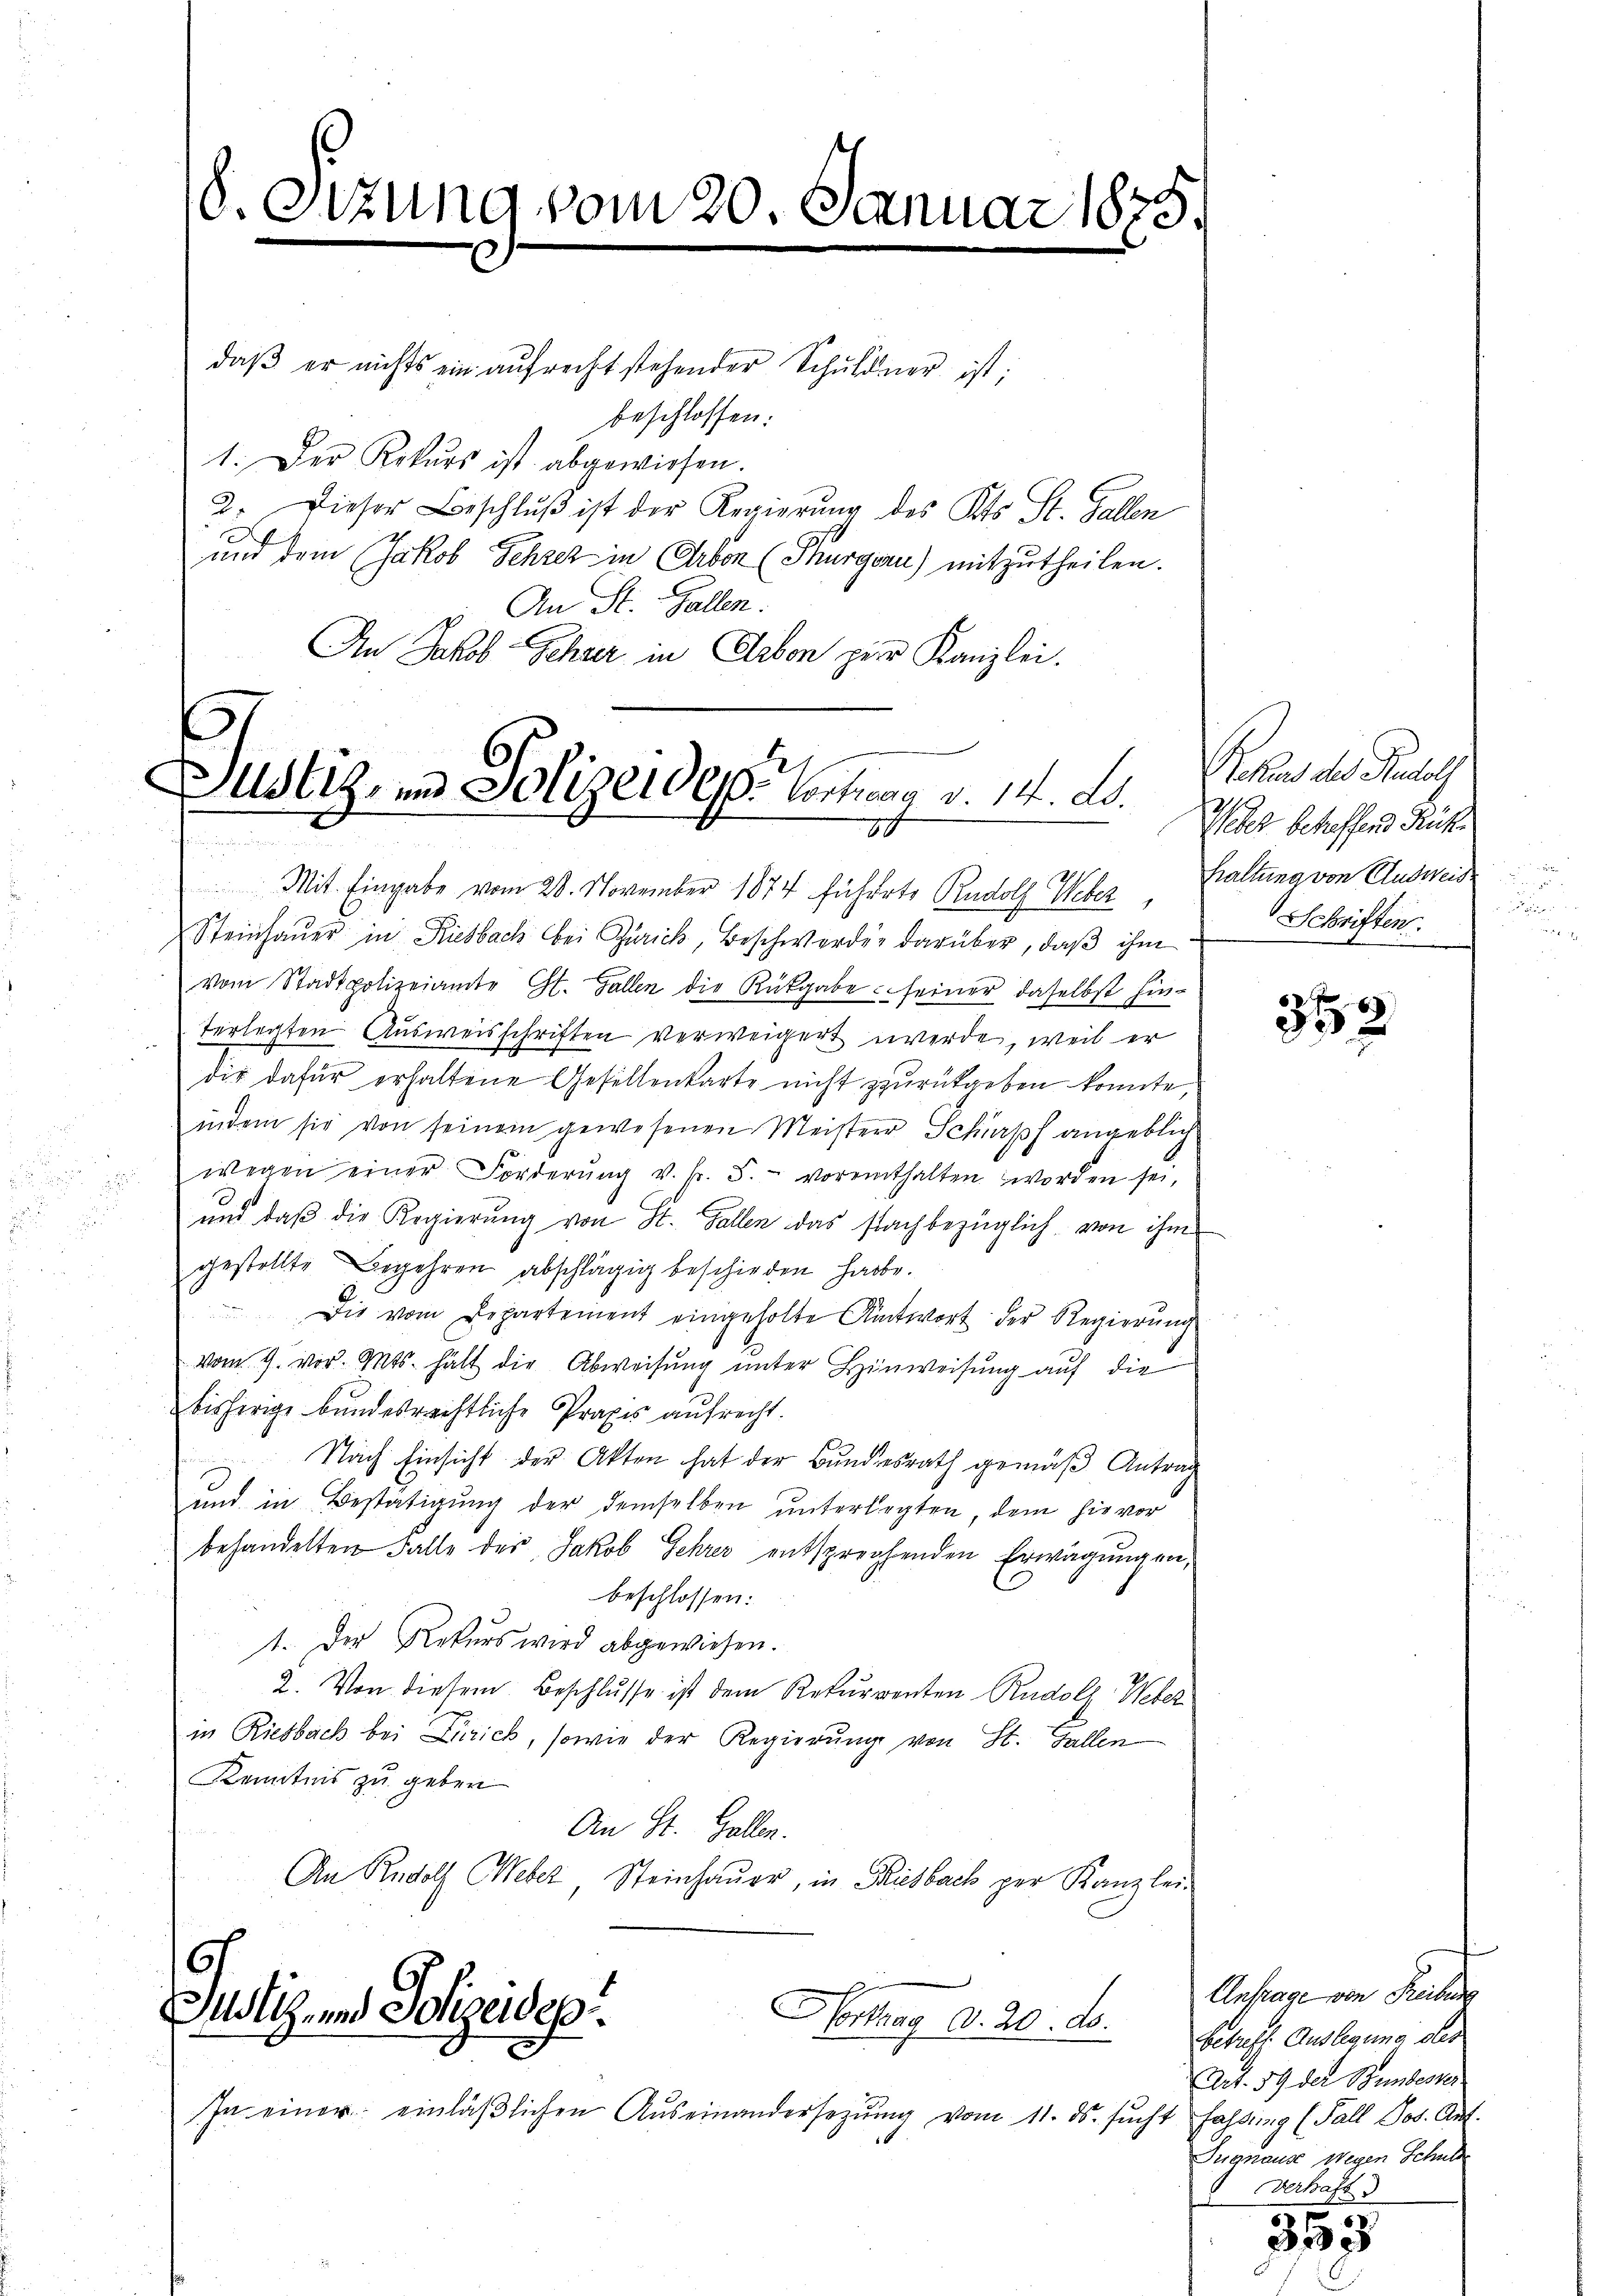
8.Otzung vom 20. Januar 1875.

daβ er nichts ein aufrecht stehender Schuldner ist;
beschlossen:
1. Der Rekŭrs ist abgewiesen.
2. Dieser Beschluß ist der Regierung des Kts. St. Gallen
und dem Jakob Schrez in Arbon (Thurgau) mitzutheilen.
v. An St. Gallen.
An Jakob Schar in Arbon zur Kanzlei.

Justiz, und Polizeide Vortrag v. 14. Ad.
h

Mit Eingabe vom 28. November 1874 führete Rudolf Webez. Haltung von Ausweise
Steinhaŭer in Riesbach bei Zürich, Beschwerden darüber, daβ ihm
vom Stadtpolizeiamte St. Gallen die Rückgabe seiner daselbst hin-
terlegten Ausweisschriften verweigert werde, weil er
dir dafür erhaltene Gesellenkarte nicht zurückgeben konnte,
indem sie von seinem gewesenen Meister Schupf angeblich
wegen einer Forderŭng v. h. S. voreinthalten worden sei.
und daß die Regierung von St. Gallen das sachbezüglich von ihm
gestellte Begehren abschlägig beschieden habe.
Die vom Departement eingeholte Antwort der Regierung
vom 9. vor. Mts. hält die Abweisung unter Hinweisung auf die
bisherige bundesrechtliche Praxis aufrecht.
Nach Einsicht der Akten hat der Bundesrath gemäß Antrag
und in Bestätigung der demselben unterlegten, dem hievor
behandelten Falle der Jakob Lehrer entsprechenden Erwägungen,
beschlossen:
1. Der Rekurs wird abgewiesen.
2. Von diesem Beschlusse ist dem Rekurrenten Rudolf Weber
in Riesbach bei Zürich, sowie der Regierung von St. Gallen
Kenntnis zu geben
An St. Gallen.
An Rudolf Weber Steinhauer, in Riesbach per Kanzlei-
9
Zustiz- und Polizeidep
Gertrag d. 20. d.
In einer einläβlichen Aŭseinandersetzŭng vom 11. ds. sŭcht Fahlŭng (Fall Jos. Auf-

Rekurs des Rudolf
Thier betreffend Rücke
u
Schriften.

352

Anfrage von Freibung
Betreff Auslegung der
Art. 59 der Bundester
Sughause wegen Schule
Verhaft d

353